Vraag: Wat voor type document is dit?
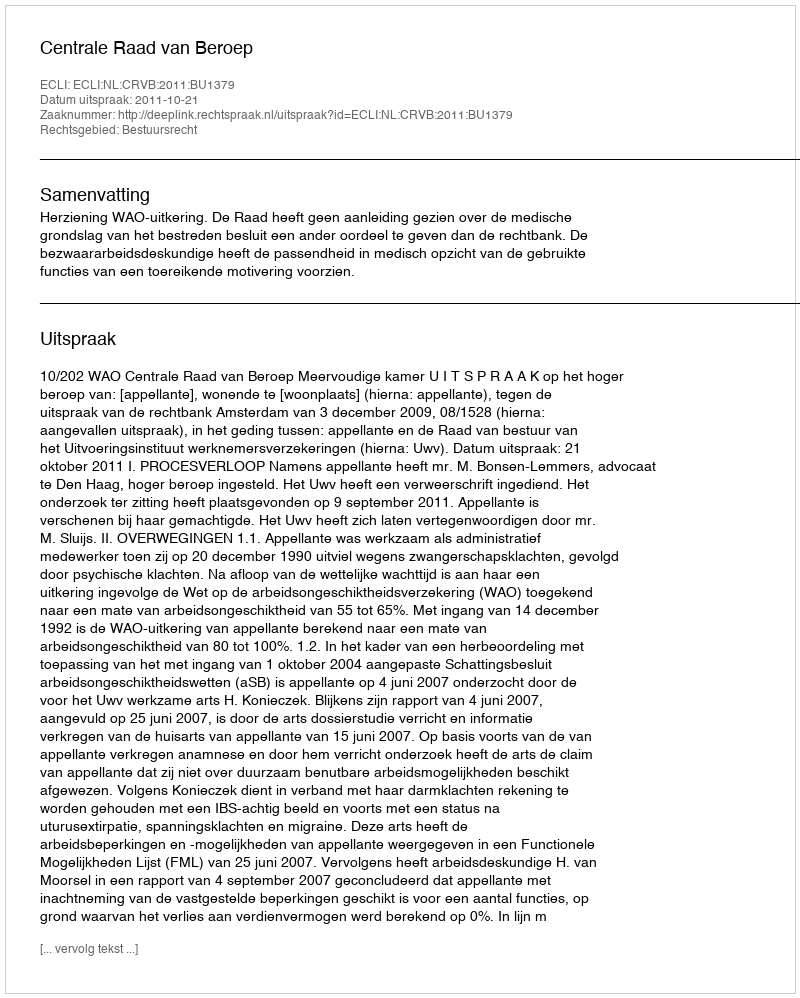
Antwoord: Uitspraak